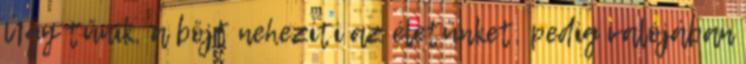
Úgy tűnik, a böjt nehezíti az életünket, pedig valójában